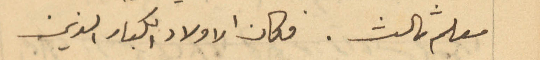
معلم ثالث. وكان الاولاد الكبار الذين